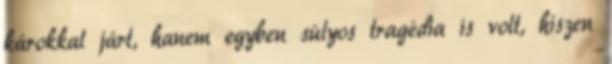
károkkal járt, hanem egyben súlyos tragédia is volt, hiszen